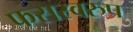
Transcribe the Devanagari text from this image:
फसस्वरुप